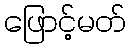
ဖြောင့်မတ်